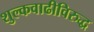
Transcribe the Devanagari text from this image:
शुल्कवाढीविरुद्ध